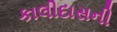
કાલીદાસની